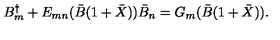
B _ { m } ^ { \dagger } + E _ { m n } ( \bar { B } ( 1 + \bar { X } ) ) \bar { B } _ { n } = G _ { m } ( \bar { B } ( 1 + \bar { X } ) ) .